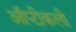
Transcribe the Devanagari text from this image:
ऑप्टीकली